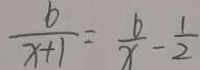
\frac { b } { x + 1 } = \frac { b } { x } - \frac { 1 } { 2 }